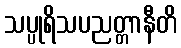
သပ္ပုရိသပညတ္တာနီတိ